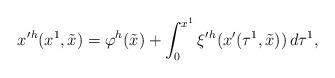
LaTeX: \begin{align*}x'{}^h(x^1,\tilde x)=\varphi^h(\tilde x)+\int^{x^1}_0\xi'{}^h(x'(\tau^1,\tilde x))\,d\tau^1,\end{align*}